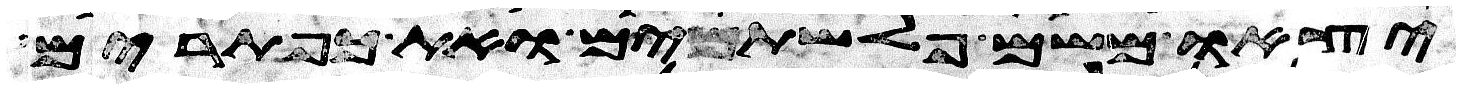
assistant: יצאו משם פלשתים ואת כפתרים